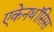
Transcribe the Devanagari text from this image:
एकेनथॉसिस